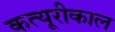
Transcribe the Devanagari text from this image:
कत्यूरीकाल